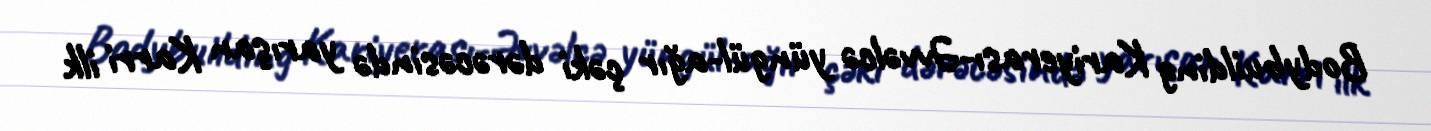
Bodybuilding Kariyerası-Əvvəlcə yüngül-ağır çəki dərəcəsində yarışan Karri ilk